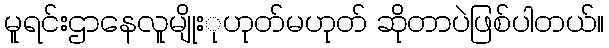
မူရင်းဌာနေလူမျိုးုဟုတ်မဟုတ် ဆိုတာပဲဖြစ်ပါတယ်။